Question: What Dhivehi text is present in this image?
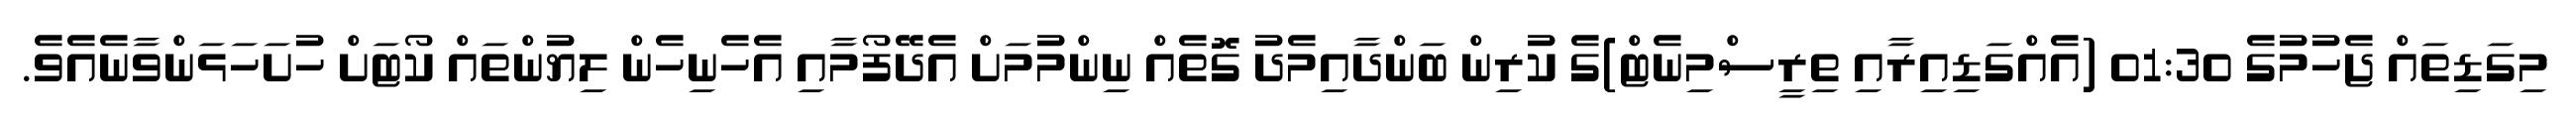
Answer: މިގަޑިތައް ޖެހުމުގެ 01:30 (އެއްގަޑިއިރާއި ތިރީސްމިނެޓް)ގެ ކުރިން ބަންދާއިމެދު ގޮތެއް ނިންމުމަށް އެދޭފޯމާއި އެހެނިހެން ލިޔުންތައް ކޯޓަށް ހުށަހަޅަންވާނެއެވެ.